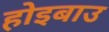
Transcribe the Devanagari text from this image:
होइबाउ